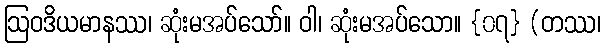
ဩဝဒိယမာနဿ၊ ဆုံးမအပ်သော်။ ဝါ၊ ဆုံးမအပ်သော။ {၀၇} (တဿ၊